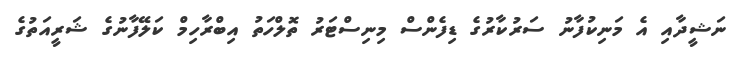
ނަޝީދާއި އެ މަނިކުފާނު ސަރުކާރުގެ ޑިފެންސް މިނިސްޓަރު ތޮލްހަތު އިބްރާހިމް ކަލޭފާނުގެ ޝަރީއަތުގެ